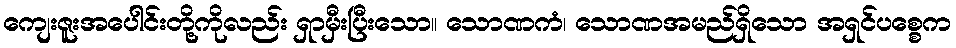
ကျေးဇူးအပေါင်းတို့ကိုလည်း ရှာမှီးပြီးသော။ သောဏကံ၊ သောဏအမည်ရှိသော အရှင်ပစ္စေက